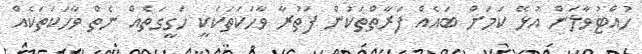
ހުއްޓުވާލަން އުޅޭ ކަމަށް ބައެއް ފަރާތްތަކުން ފަތުރާ ވާހަކަތަކަކީ ހަގީގަތެއް ނެތް ވާހަކަތަކެއް